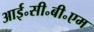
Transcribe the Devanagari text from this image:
आई॰सी॰बी॰एम